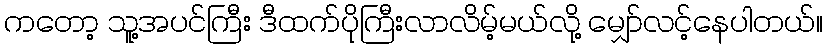
ကတော့ သူ့အပင်ကြီး ဒီထက်ပိုကြီးလာလိမ့်မယ်လို့ မျှော်လင့်နေပါတယ်။